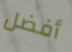
أفضل